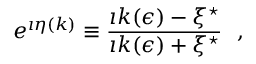
e ^ { \imath \eta ( k ) } \equiv { \frac { \imath k ( \epsilon ) - \xi ^ { \star } } { \imath k ( \epsilon ) + \xi ^ { \star } } } ~ ~ ,